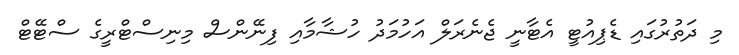
މި ދަތުރުގައި ޑެޕިއުޓީ އެޓާނީ ޖެނެރަލް އަހުމަދު ހުޝާމާއި ފިނޭންސް މިނިސްޓްރީގެ ސްޓޭޓް